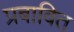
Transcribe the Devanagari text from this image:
प्रबावित